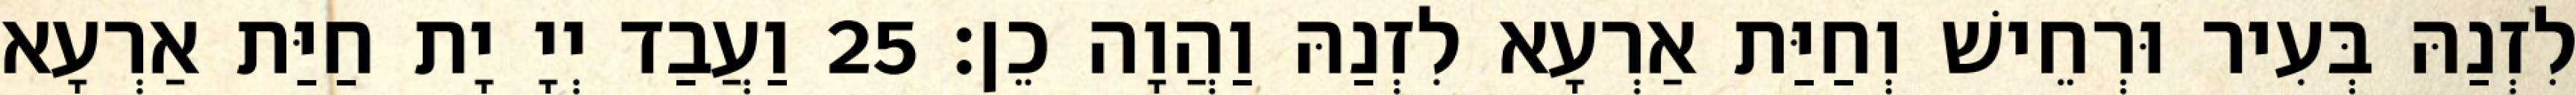
לִזְנַהּ בְּעִיר וּרְחֵישׁ וְחַיַּת אַרְעָא לִזְנַהּ וַהֲוָה כֵן׃ 25 וַעֲבַד יְיָ יָת חַיַּת אַרְעָא